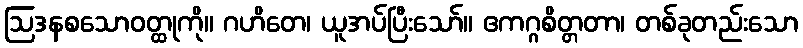
ဩဒနစသောဝတ္ထုကို။ ဂဟိတေ၊ ယူအပ်ပြီးသော်။ ဧကဂ္ဂစိတ္တတာ၊ တစ်ခုတည်းသော